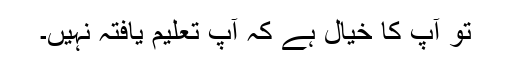
تو آپ کا خیال ہے کہ آپ تعلیم یافتہ نہیں۔